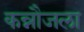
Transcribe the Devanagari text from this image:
कन्नौजला